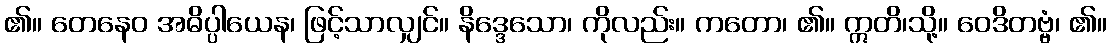
၏။ တေနေဝ အဓိပ္ပါယေန၊ ဖြင့်သာလျှင်။ နိဒ္ဒေသော၊ ကိုလည်း။ ကတော၊ ၏။ ဣတိ၊သို့။ ဝေဒိတဗ္ဗံ၊ ၏။